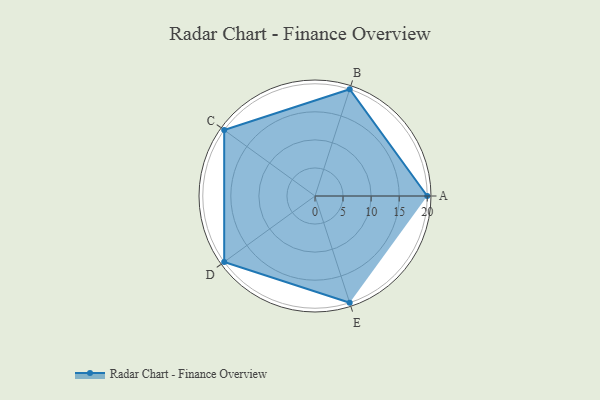
{"axis": {"x": "Skill", "y": "Score"}, "legend": ["Profile"], "data": [{"x": "A", "y": 20, "type": "Profile"}, {"x": "B", "y": 20, "type": "Profile"}, {"x": "C", "y": 20, "type": "Profile"}, {"x": "D", "y": 20, "type": "Profile"}, {"x": "E", "y": 20, "type": "Profile"}]}